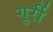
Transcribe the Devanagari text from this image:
गुर्री